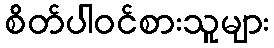
စိတ်ပါဝင်စားသူများ